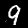
Digit: 9